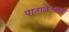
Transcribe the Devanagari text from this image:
पाताळेश्वरची